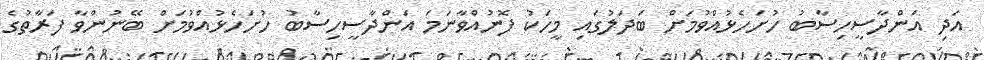
އަދި އަންދާސީހިސާބު ހުށަހެޅުއްވުމަށް ބަދަލުގައި މީހަކު ފޮނުއްވާނަމަ އަންދާސީހިސާބު ހުށަހެޅުއްވުމަށް ބޭނުންވާ ފަރާތުގެ